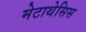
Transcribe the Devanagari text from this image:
मेटाथेसिस